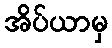
အိပ်ယာမှ